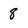
Character: 8